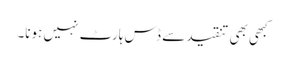
کبھی بھی تنقید سے ڈس ہارٹ نہیں ہونا۔